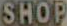
SHOP